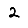
Digit: 2